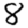
Digit: 8